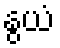
နွယံ